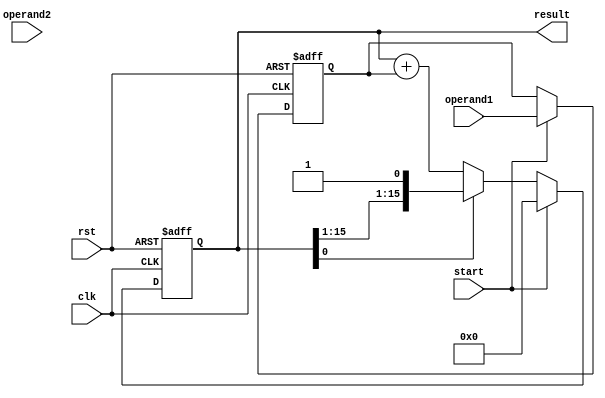
module unsigned_multiplier(
    input wire clk,
    input wire rst,
    input wire start,
    input wire [7:0] operand1,
    input wire [7:0] operand2,
    output reg [15:0] result
    );

reg [7:0] multiplicand;
reg [7:0] multiplier;
reg [15:0] product;

always @(posedge clk or posedge rst) begin
    if (rst) begin
        multiplicand <= 8'b0;
        multiplier <= 8'b0;
        product <= 16'b0;
    end else if (start) begin
        multiplicand <= operand1;
        multiplier <= operand2;
        product <= 16'b0;
    end else if (product[0]) begin
        product <= {product[15:8], product[7:0]};
    end else begin
        product <= product + multiplicand;
        multiplier <= multiplier - 1;
    end
end

assign result = product;

endmodule